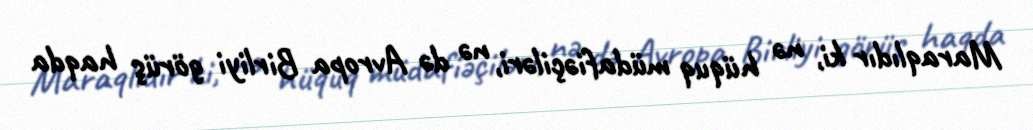
Maraqlıdır ki, nə hüquq müdafiəçiləri, nə də Avropa Birliyi görüş haqda